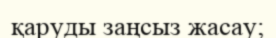
қаруды заңсыз жасау;